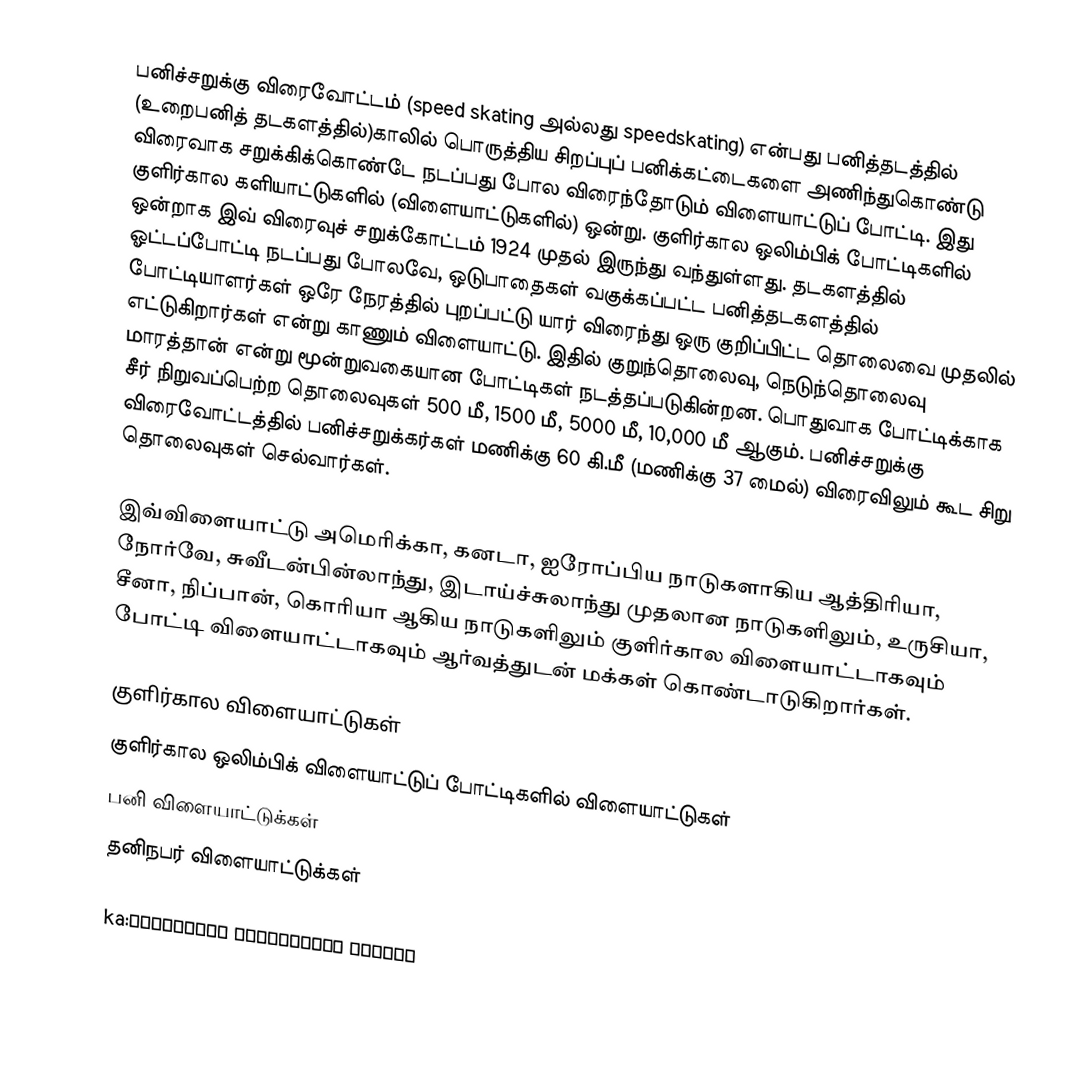
பனிச்சறுக்கு விரைவோட்டம் (speed skating அல்லது speedskating) என்பது பனித்தடத்தில் (உறைபனித் தடகளத்தில்)காலில் பொருத்திய சிறப்புப் பனிக்கட்டைகளை அணிந்துகொண்டு விரைவாக சறுக்கிக்கொண்டே நடப்பது போல விரைந்தோடும் விளையாட்டுப் போட்டி. இது குளிர்கால களியாட்டுகளில் (விளையாட்டுகளில்) ஒன்று. குளிர்கால ஒலிம்பிக் போட்டிகளில் ஒன்றாக இவ் விரைவுச் சறுக்கோட்டம் 1924 முதல் இருந்து வந்துள்ளது. தடகளத்தில் ஓட்டப்போட்டி நடப்பது போலவே, ஒடுபாதைகள் வகுக்கப்பட்ட பனித்தடகளத்தில் போட்டியாளர்கள் ஒரே நேரத்தில் புறப்பட்டு யார் விரைந்து ஒரு குறிப்பிட்ட தொலைவை முதலில் எட்டுகிறார்கள் என்று காணும் விளையாட்டு. இதில் குறுந்தொலைவு, நெடுந்தொலைவு மாரத்தான் என்று மூன்றுவகையான போட்டிகள் நடத்தப்படுகின்றன. பொதுவாக போட்டிக்காக சீர் நிறுவப்பெற்ற தொலைவுகள் 500 மீ, 1500 மீ,  5000 மீ, 10,000 மீ ஆகும். பனிச்சறுக்கு விரைவோட்டத்தில் பனிச்சறுக்கர்கள் மணிக்கு 60 கி.மீ (மணிக்கு 37 மைல்) விரைவிலும் கூட சிறு தொலைவுகள் செல்வார்கள்.

இவ்விளையாட்டு அமெரிக்கா, கனடா, ஐரோப்பிய நாடுகளாகிய ஆத்திரியா, நோர்வே, சுவீடன்பின்லாந்து, இடாய்ச்சுலாந்து முதலான நாடுகளிலும், உருசியா, சீனா, நிப்பான், கொரியா ஆகிய நாடுகளிலும் குளிர்கால விளையாட்டாகவும் போட்டி விளையாட்டாகவும் ஆர்வத்துடன் மக்கள் கொண்டாடுகிறார்கள்.

குளிர்கால விளையாட்டுகள்
குளிர்கால ஒலிம்பிக் விளையாட்டுப் போட்டிகளில் விளையாட்டுகள்
பனி விளையாட்டுக்கள்
தனிநபர் விளையாட்டுக்கள்

ka:ციგურებით ჩქაროსნული სრიალი